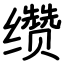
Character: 缵